Report on enteric fever
Disease focus: Fever
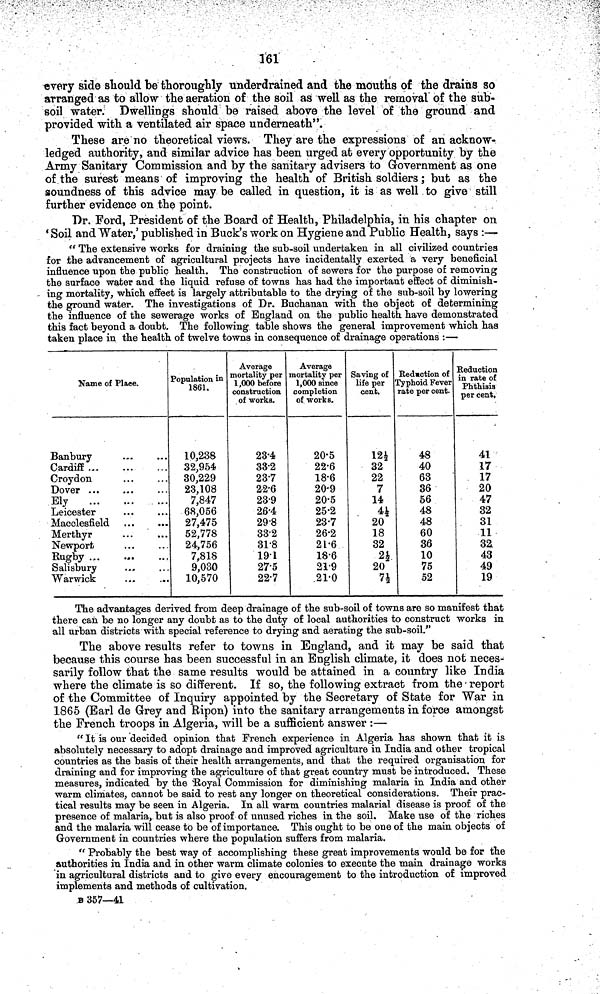
161
every side should be thoroughly underdrained and the mouths of the drains so
arranged as to allow the aeration of the soil as well as the removal of the sub-
soil water. Dwellings should be raised above the level of the ground and
provided with a ventilated air space underneath".
These are no theoretical views. They are the expressions of an acknow-
ledged authority, and similar advice has been urged at every opportunity by the
Army Sanitary Commission and by the sanitary advisers to Government as one
of the surest means of improving the health of British soldiers; but as the
soundness of this advice may be called in question, it is as well to give still
further evidence on the point.
Dr. Ford, President of the Board of Health, Philadelphia, in his chapter on
'Soil and Water,' published in Buck's work on Hygiene and Public Health, says :—
" The extensive works for draining the sub-soil undertaken in all civilized countries
for the advancement of agricultural projects have incidentally exerted a very beneficial
influence upon the public health. The construction of sewers for the purpose of removing
the surface water and the liquid refuse of towns has had the important effect of diminish-
ing mortality, which effect is largely attributable to the drying of the sub-soil by lowering
the ground water. The investigations of Dr. Buchanan with the object of determining
the influence of the sewerage works of England on the public health have demonstrated
this fact beyond a doubt. The following table shows the general improvement which has
taken place in the health of twelve towns in consequence of drainage operations :—
Name of Place.
Banbury ... ...
Cardiff ... ... ...
Croydon ... ...
Dover ... ... ...
Ely ... ... ...
Leicester
Macclesfield ... ...
Merthyr ... ...
Newport
Rugby ... ... ...
Salisbury
Warwick
Population in
1861.
10,238
32,954
30,229
23,108
7,847
68,056
27,475
52,778
24,756
7,818
9,030
10,570
Average
mortality per
1,000 before
construction
of works.
23 4
33 2
237
22-6
23 9
26'4
29 8
33 2
31 8
19 1
27 5
22 7
Average
mortality per
1,000 since
completion
of works.
20 5
22 6
18 6
20 9
20 5
25 2
237
26 2
21 6
18 6
21 9
21 0
Saving of
life per
cent.
121
32
22
7
14
4½
20
18
32
2*
20
7½
Reduction of
Typhoid Fever
rate per cent.
48
40
63
36
56
48
48
60
36
10
75
52
Reduction
in rate of
Phthisis
per cent,
41
17
17
20
47
32
31
11
32
43
49
19
The advantages derived from deep drainage of the sub-soil of towns are so manifest that
there can be no longer any doubt as to the duty of local authorities to construct works in
all urban districts with special reference to drying and aerating the sub-soil."
The above results refer to towns in England, and it may be said that
because this course has been successful in an English climate, it does not neces-
sarily follow that the same results would be attained in a country like India
where the climate is so different. If so, the following extract from the report
of the Committee of Inquiry appointed by the Secretary of State for War in
1865 (Earl de Grey and Ripon) into the sanitary arrangements in force amongst
the French troops in Algeria, will be a sufficient answer :—
"It is our decided opinion that French experience in Algeria has shown that it is
absolutely necessary to adopt drainage and improved agriculture in India and other tropical
countries as the basis of their health arrangements, and that the required organisation for
draining and for improving the agriculture of that great country must be introduced. These
measures, indicated by the Royal Commission for diminishing malaria in India and other
warm climates, cannot be said to rest any longer on theoretical considerations. Their prac-
tical results may be seen in Algeria. In all warm countries malarial disease is proof of the
presence of malaria, but is also proof of unused riches in the soil. Make use of the riches
and the malaria will cease to be of importance. This ought to be one of the main objects of
Government in countries where the population suffers from malaria.
"Probably the best way of accomplishing these great improvements would be for the
authorities in India and in other warm climate colonies to execute the main drainage works
in agricultural districts and to give every encouragement to the introduction of improved
implements and methods of cultivation.
B 357—41